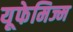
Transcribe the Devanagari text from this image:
यूफेमिज्म